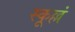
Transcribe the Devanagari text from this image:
स्कूल्लं